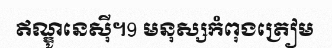
ឥណ្ឌូនេស៊ី។9 មនុស្សកំពុងត្រៀម